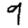
Digit: 9